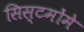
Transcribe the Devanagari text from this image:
सिस्टमोंमे